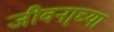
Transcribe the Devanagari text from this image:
जीवना्च्या